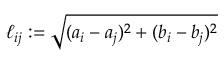
\ell _ { i j } : = \sqrt { ( a _ { i } - a _ { j } ) ^ { 2 } + ( b _ { i } - b _ { j } ) ^ { 2 } }